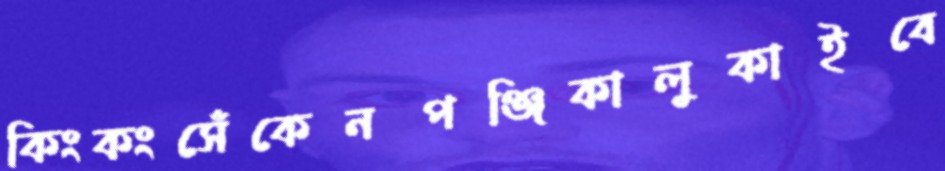
কিংকংসেঁকেনপঞ্জিকালুকাইবে